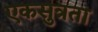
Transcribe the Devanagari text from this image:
एकसुत्रता